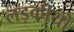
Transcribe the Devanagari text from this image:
लड़कीयो